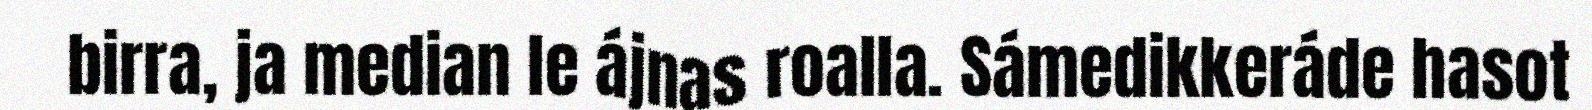
birra, ja median le ájnas roalla. Sámedikkeráde hasot